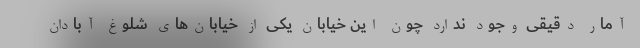
آمار دقیقی وجود ندارد چون این خیابان یکی از خیابان‌های شلوغ آبادان